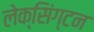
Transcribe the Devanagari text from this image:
लेक्सिंग्‍टन